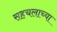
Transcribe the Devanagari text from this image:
सहचलाच्या